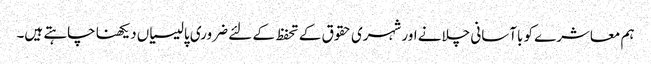
ہم معاشرے کو باآسانی چلانے اور شہری حقوق کے تحفظ کے لئے ضروری پالیسیاں دیکھنا چاہتے ہیں۔